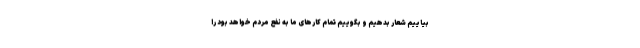
بیاییم شعار بدهیم و بگوییم تمام کارهای ما به نفع مردم خواهد بود را